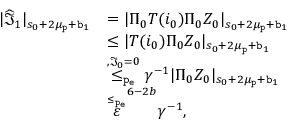
\begin{array} { r l } { | \widehat { \mathfrak { I } } _ { 1 } | _ { s _ { 0 } + 2 \mu _ { \mathtt { p } } + \mathtt { b } _ { 1 } } } & { = | \Pi _ { 0 } T ( i _ { 0 } ) \Pi _ { 0 } Z _ { 0 } | _ { s _ { 0 } + 2 \mu _ { \mathtt { p } } + \mathtt { b } _ { 1 } } } \\ & { \le | T ( i _ { 0 } ) \Pi _ { 0 } Z _ { 0 } | _ { s _ { 0 } + 2 \mu _ { \mathtt { p } } + \mathtt { b } _ { 1 } } } \\ & { \overset { , \mathfrak { I } _ { 0 } = 0 } { \le _ { \mathtt { p _ { e } } } } \gamma ^ { - 1 } | \Pi _ { 0 } Z _ { 0 } | _ { s _ { 0 } + 2 \mu _ { \mathtt { p } } + \mathtt { b } _ { 1 } } } \\ & { \overset { \le _ { \mathtt { p _ { e } } } } \varepsilon ^ { 6 - 2 b } \gamma ^ { - 1 } , } \end{array}